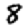
Digit: 8